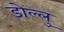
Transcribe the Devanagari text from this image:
डोल्लु